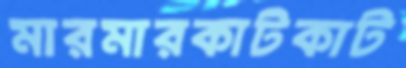
মারমারকাটকাট